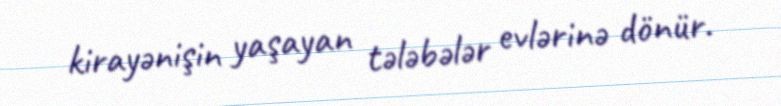
kirayənişin yaşayan tələbələr evlərinə dönür.